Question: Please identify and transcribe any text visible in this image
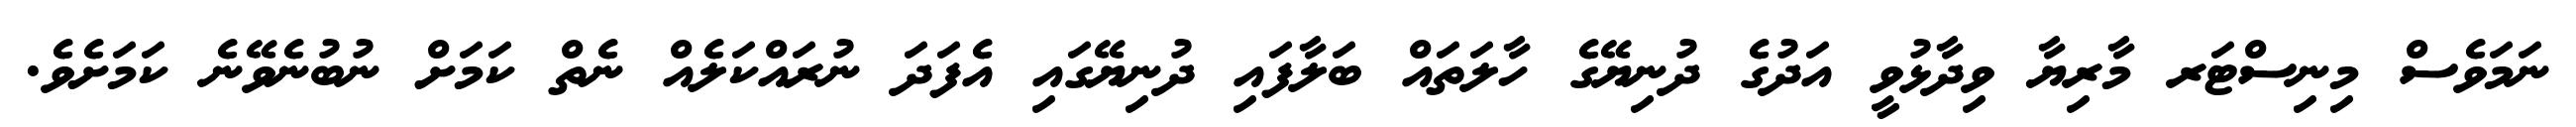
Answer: ނަމަވެސް މިނިސްޓަރ މާރިޔާ ވިދާޅުވީ އަދުގެ ދުނިޔޭގެ ހާލަތައް ބަލާފައި ދުނިޔޭގައި އެފަދަ ނުރައްކަލެއް ނެތް ކަމަށް ނުބުނެވޭނެ ކަމަށެވެ.